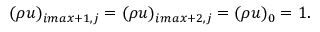
( \rho u ) _ { i m a x + 1 , j } = ( \rho u ) _ { i m a x + 2 , j } = ( \rho u ) _ { 0 } = 1 .